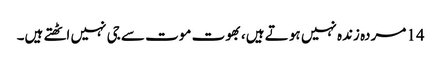
14 مردہ زندہ نہیں ہو تے ہیں، بھوت موت سے جی نہیں اٹھتے ہیں۔